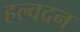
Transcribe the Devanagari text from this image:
हल्वदन